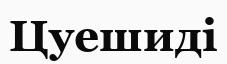
Цуешиді